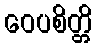
ဝေပစိတ္တိ